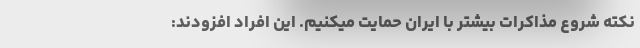
نکته شروع مذاکرات بیشتر با ایران حمایت میکنیم. این افراد افزودند: